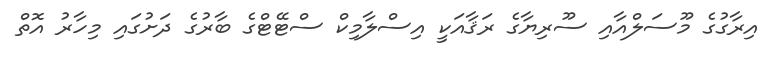
އިރާގުގެ މޫސަލްއާއި ސޫރިޔާގެ ރަޤާއަކީ އިސްލާމިކް ސްޓޭޓްގެ ބާރުގެ ދަށުގައި މިހާރު އޮތް